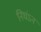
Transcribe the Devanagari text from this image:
निघंऽन